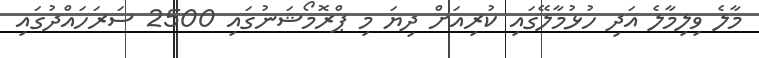
މާލެ ވިލިމާލެ އަދި ހުޅުމާލޭގައި ކުރިއަށް ދިޔަ މި ޕްރޮމޯޝަނުގައި 2500 ސަރަހައްދުގައި